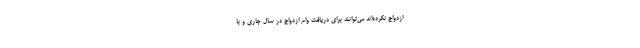
ازدواج نکرده‌اند می‌توانند برای دریافت وام ازدواج در سال جاری و با